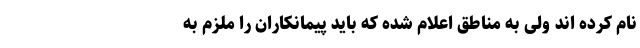
نام کرده اند ولی به مناطق اعلام شده که باید پیمانکاران را ملزم به